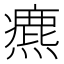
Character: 𤐅